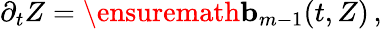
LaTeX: \partial_{t}Z=\ensuremath{\mathbf{b}}_{m-1}(t,Z)\, ,